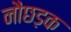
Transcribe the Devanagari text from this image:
नौछड़क